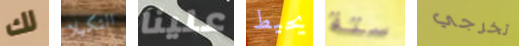
لك التكيلا علينا يحيط ستة تخرجي